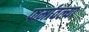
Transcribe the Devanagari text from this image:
फर्मावल्या